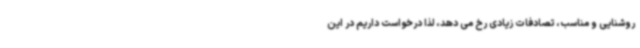
روشنایی و مناسب، تصادفات زیادی رخ می دهد، لذا درخواست داریم در این